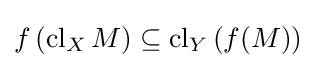
f\left(\operatorname {cl} _{X}M\right)\subseteq \operatorname {cl} _{Y}\left(f(M)\right)